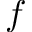
f